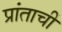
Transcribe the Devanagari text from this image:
प्रांताचीं